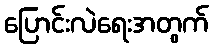
ပြောင်းလဲရေးအတွက်